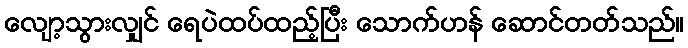
လျော့သွားလျှင် ရေပဲထပ်ထည့်ပြီး သောက်ဟန် ဆောင်တတ်သည်။